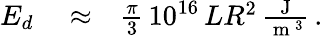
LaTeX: \begin{array}{rlr}{E_{d}}&{{}\approx}&{\frac{\pi}{3}\, 10^{16}\, LR^{2}\, \frac{\mathrm{~J~}}{\mathrm{~m~}^{3}}\, .}\end{array}